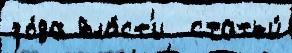
го́да вла́ст'и  статьи́